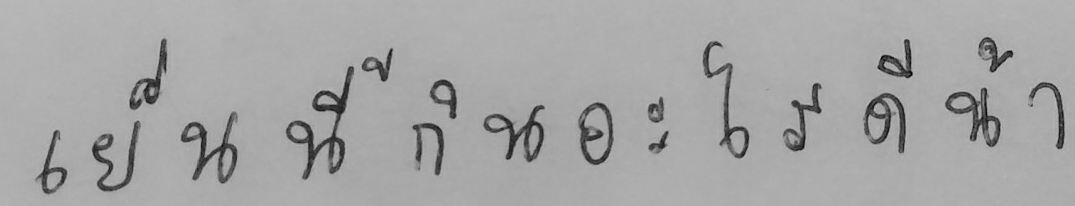
เย็นนี้กินอะไรดีน้า